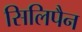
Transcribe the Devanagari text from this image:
सिलिपैन